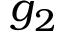
g _ { 2 }